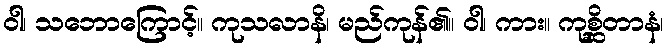
ဝါ၊ သဘောကြောင့်။ ကုသလာနိ၊ မည်ကုန်၏။ ဝါ၊ ကား။ ကုစ္ဆိတာနံ၊